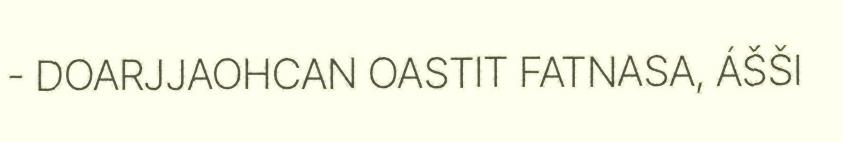
- DOARJJAOHCAN OASTIT FATNASA, ÁŠŠI